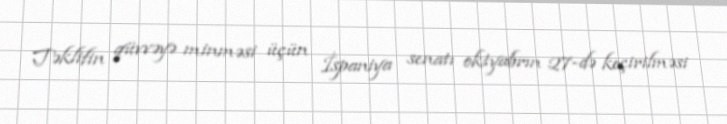
Təklifin qüvvəyə minməsi üçün İspaniya senatı oktyabrın 27-də keçirilməsi